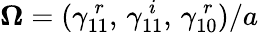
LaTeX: {\boldsymbol\Omega}=(\gamma_{11}^{\, r},\, \gamma_{11}^{\, i},\, \gamma_{10}^{\, r})/a